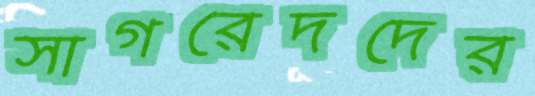
সাগরেদদের